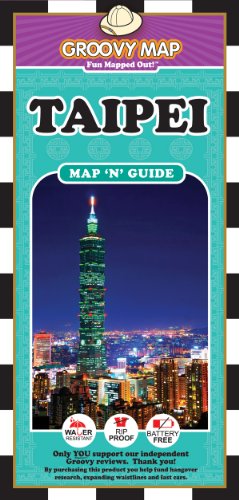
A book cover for Groovy Map 'n' Guide Taipei (2012); Aaron Frankel; Travel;